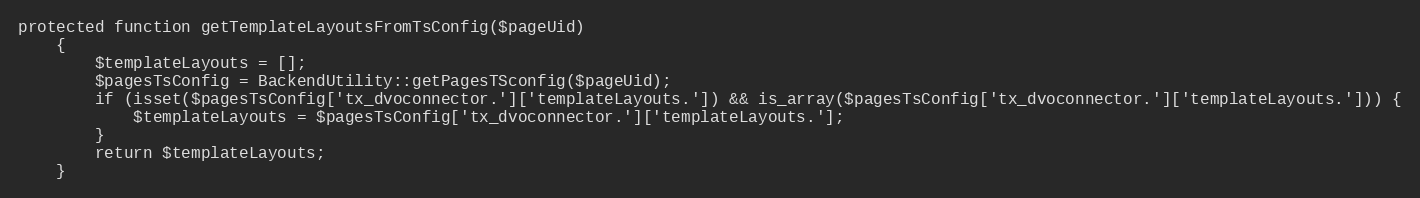
Language: PHP
protected function getTemplateLayoutsFromTsConfig($pageUid)
    {
        $templateLayouts = [];
        $pagesTsConfig = BackendUtility::getPagesTSconfig($pageUid);
        if (isset($pagesTsConfig['tx_dvoconnector.']['templateLayouts.']) && is_array($pagesTsConfig['tx_dvoconnector.']['templateLayouts.'])) {
            $templateLayouts = $pagesTsConfig['tx_dvoconnector.']['templateLayouts.'];
        }
        return $templateLayouts;
    }